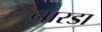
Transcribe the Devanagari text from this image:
नारडा